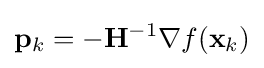
\mathbf {p} _{k}=-\mathbf {H} ^{-1}\nabla f(\mathbf {x} _{k})